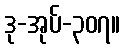
ဒု-အုပ်-၃၀၇။